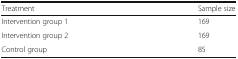
<table><thead><tr><td><b>Treatment</b></td><td><b>Sample size</b></td></tr></thead><tbody><tr><td>Intervention group 1</td><td>169</td></tr><tr><td>Intervention group 2</td><td>169</td></tr><tr><td>Control group</td><td>85</td></tr></tbody></table>